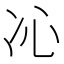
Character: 𠖶